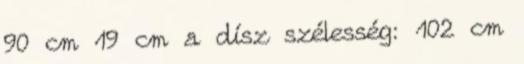
90 cm 19 cm a dísz szélesség: 102 cm